Provision of milk for school children, 1934
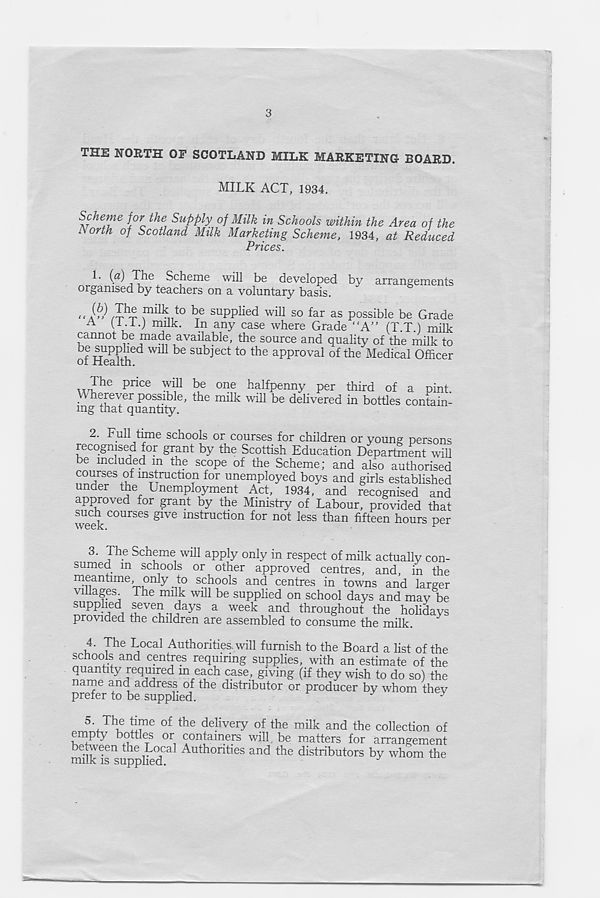
3
THE NORTH OF SCOTLAND MILK MARKETING BOARD.
MILK ACT, 1934.
Scheme for the Supply of Milk in Schools within the Area of the
Aorth of Scotland Milk Marketing Scheme, 1934, at Reduced
Prices.
1. {a) The Scheme will be developed by arrangements
organised by teachers on a voluntary basis.
(?,) The milk to be supplied will so far as possible be Grade
A (L. I. j milk. In any case where Grade “A" (T.T.) milk
cannot be made available, the source and quality of the milk to
be supplied will be subject to the approval of the Medical Officer
of llealth.
The price will be one halfpenny per third of a pint,
wherever possible, the milk will be delivered in bottles contain-
ing that quantity.
2. Full time scnools or courses for children or young persons
recognised for grant by the Scottish Education Department will
be included m the scope of the Scheme; and also authorised
courses of instruction for unemployed boys and girls established
under the Unemployment Act, 1934, and recognised and
approved for grant by the Ministry of Labour, provided that
week C°UrSeS §1Ve mstmctlon for not less than fifteen hours per
3. The Scheme will apply only in respect of milk actually con-
sumed in schools or other approved centres, and, in the
meantime, only to schools and centres in towns and larger
villages The milk will be supplied on school days and may be
supplied seven days a week and throughout the holidays
provided the children are assembled to consume the milk.
4. The Local Authorities, will furnish to the Board a list of the
schools and centres requiring supplies, with an estimate of the
quantity required in each case, giving (if they wish to do so) the
name and address of the distributor or producer by whom thev
prefer to be supplied.
^
5 \ Th u S™ of the de ! iver y of the milk and the collection of
empty bottles or containers will be matters for arrangement
between the Local Authorities and the distributors by whom the
milk is supplied.
^